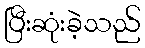
ပြီးဆုံးခဲ့သည်